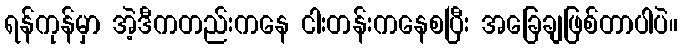
ရန်ကုန်မှာ အဲ့ဒီကတည်းကနေ ငါးတန်းကနေစပြီး အခြေချဖြစ်တာပါပဲ။